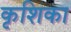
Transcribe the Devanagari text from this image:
कृशिका